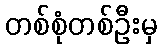
တစ်စုံတစ်ဦးမှ